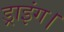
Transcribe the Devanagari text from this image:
ड्राइंग।